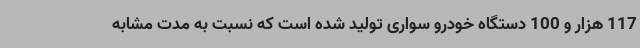
117 هزار و 100 دستگاه خودرو سواری تولید شده است که نسبت به مدت مشابه